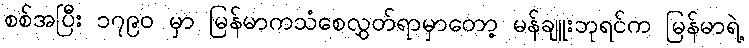
စစ်အပြီး ၁၇၉၀ မှာ မြန်မာကသံစေလွှတ်ရာမှာတော့ မန်ချူးဘုရင်က မြန်မာရဲ့